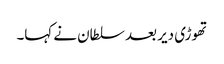
تھوڑی دیر بعد سلطان نے کہا۔